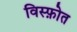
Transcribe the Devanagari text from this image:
विस्फ़ोत